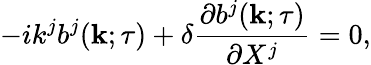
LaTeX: -ik^{j}b^{j}({\mathbf{k}};\tau)+\delta\frac{\partial b^{j}({\mathbf{k}};\tau)}{\partial X^{j}}=0,